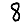
Digit: 8